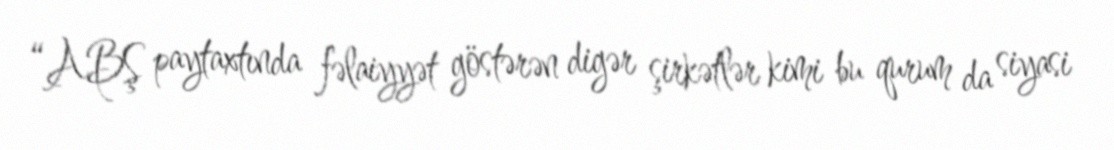
“ABŞ paytaxtında fəlaiyyət göstərən digər şirkətlər kimi bu qurum da siyasi